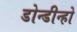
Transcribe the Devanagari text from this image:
डोन्डीन्हो